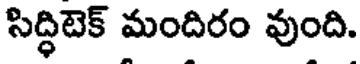
సిద్ధిటెక్ మందిరం వుంది.